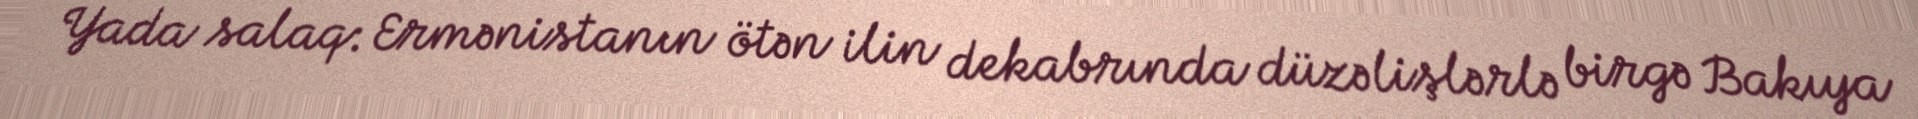
Yada salaq: Ermənistanın ötən ilin dekabrında düzəlişlərlə birgə Bakıya